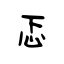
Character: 忑